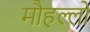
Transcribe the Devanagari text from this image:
मौहल्लो